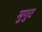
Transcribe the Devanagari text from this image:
मुगुट